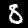
Digit: 8